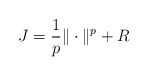
\begin{align*} J = \frac 1p \|\cdot\|^p + R\end{align*}